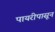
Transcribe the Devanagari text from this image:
पायरीपासून